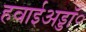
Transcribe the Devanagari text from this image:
हवाईअड्डॉ॰